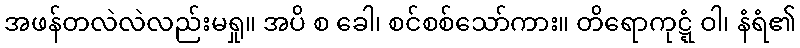
အဖန်တလဲလဲလည်းမရှု။ အပိ စ ခေါ၊ စင်စစ်သော်ကား။ တိရောကုဋ္ဋံ ဝါ၊ နံရံ၏